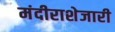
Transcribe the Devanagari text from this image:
मंदीराशेजारी